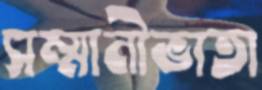
সম্মানীভাতা